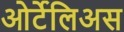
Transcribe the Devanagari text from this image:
ओर्टेलिअस